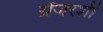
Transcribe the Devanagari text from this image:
ग्रेंजरशी